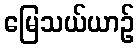
မြေသယ်ယာဉ်